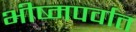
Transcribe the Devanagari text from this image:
भीष्मपर्वात